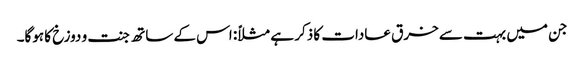
جن میں بہت سے خرق عادات کا ذکر ہے مثلاً: اس کے ساتھ جنت و دوزخ کا ہوگا۔